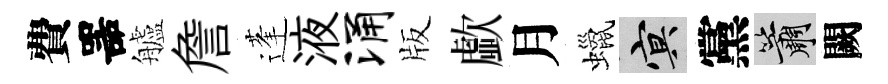
費噐艫詹蓬液涌版歔月蠟冥黨簫闕